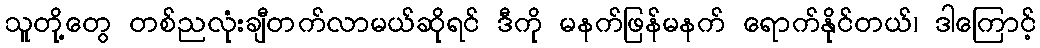
သူတို့တွေ တစ်ညလုံးချီတက်လာမယ်ဆိုရင် ဒီကို မနက်ဖြန်မနက် ရောက်နိုင်တယ်၊ ဒါကြောင့်